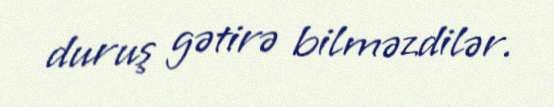
duruş gətirə bilməzdilər.